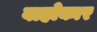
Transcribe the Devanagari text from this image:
वाहोकार